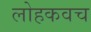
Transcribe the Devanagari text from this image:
लोहकवच